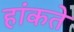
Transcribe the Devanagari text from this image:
हांकते